Annual statistical returns and brief notes on vaccination in Bengal - 1909-1929
Year: 1909
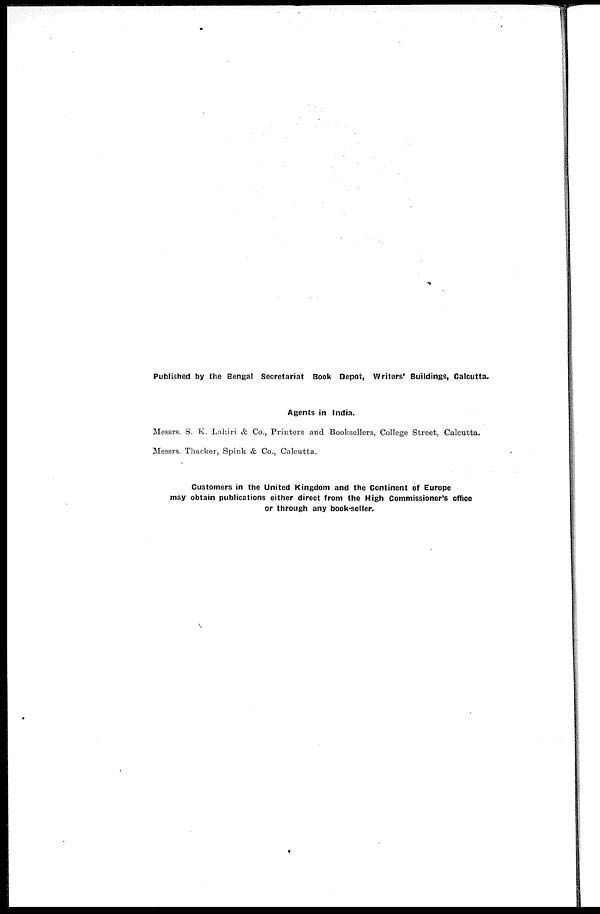
Published by the Bengal Secretariat Book Depot, Writers' Buildings, Calcutta.
Agents in India.
Messrs. S. K. Lahiri & Co., Printers and Booksellers, College Street, Calcutta.
Messrs. Thacker, Spink & Co., Calcutta.
Customers in the United Kingdom and the Continent of Europe
may obtain publications either direct from the High Commissioner's office
or through any book-seller.